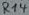
Text: R14